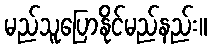
မည်သူပြောနိုင်မည်နည်း။